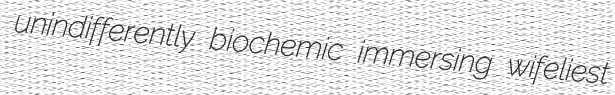
unindifferently biochemic immersing wifeliest